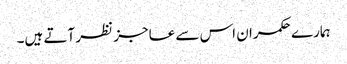
ہمارے حکمران اس سے عاجز نظر آتے ہیں۔